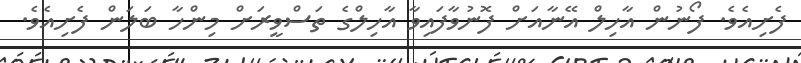
ފެށިއެވެ. ފޯނުން އާހިލް އޭނާއަށް ފޮނުވާފައިވާ އާހިލްގެ ތަސްވީރަށް މިންހާ ބަލަން ފެށިއެވެ.